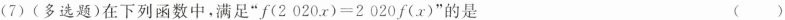
(7)(多选题)在下列函数中，满足”$$f ( 2 0 2 0 x ) = 2 0 2 0 f ( x )$$”的是 ( )